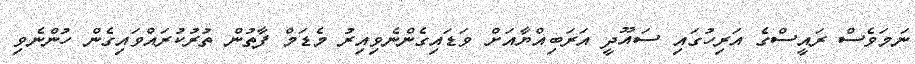
ނަމަވެސް ރައީސްގެ އަރިހުގައި ސައޫދީ އަރަބިއްޔާއަށް ވަޑައިގެންނެވިއިރު މެޑަމް ފާތުން ތުރުކުރައްވައިގެން ހުންނެވި